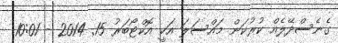
ގެނެސްދޭލެއް ކުރުކަން މައްސަލަ އަކީ އޮކްޓޯބަރު 15